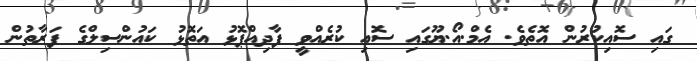
ގައި ސޮއިކުރުން އޮތެވެ. އެމް.އޯ.ޔޫގައި ސޮއި ކުރެއްވީ ފާދިއްޕޮޅު އަތޮޅު ކައުންސިލްގެ ފަރާތުން